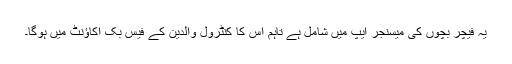
یہ فیچر بچوں کی میسنجر ایپ میں شامل ہے تاہم اس کا کنٹرول والدین کے فیس بک اکاؤنٹ میں ہوگا۔